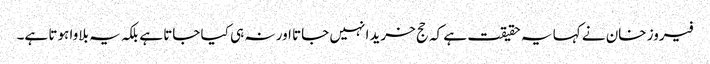
فیروز خان نے کہا یہ حقیقت ہے کہ حج خریدا نہیں جاتا اور نہ ہی کیا جاتا ہے بلکہ یہ بلاوا ہوتا ہے۔